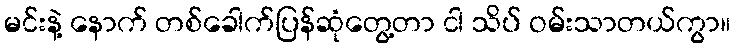
မင်းနဲ့ နောက် တစ်ခေါက်ပြန်ဆုံတွေ့တာ ငါ သိပ် ဝမ်းသာတယ်ကွာ။